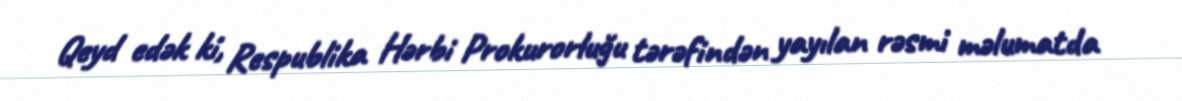
Qeyd edək ki, Respublika Hərbi Prokurorluğu tərəfindən yayılan rəsmi məlumatda